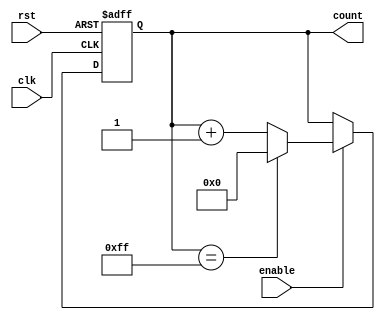
module Binary_Up_Counter_with_Enable (
    input wire clk,
    input wire rst,
    input wire enable,
    output reg [7:0] count
);

always @(posedge clk or posedge rst) begin
    if (rst) begin
        count <= 8'b0;
    end else if (enable) begin
        if (count == 8'b11111111) begin
            count <= 8'b0;
        end else begin
            count <= count + 1;
        end
    end
end

endmodule